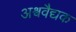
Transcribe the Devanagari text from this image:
अश्ववैद्यक